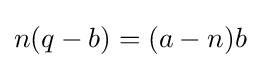
n(q-b)=(a-n)b